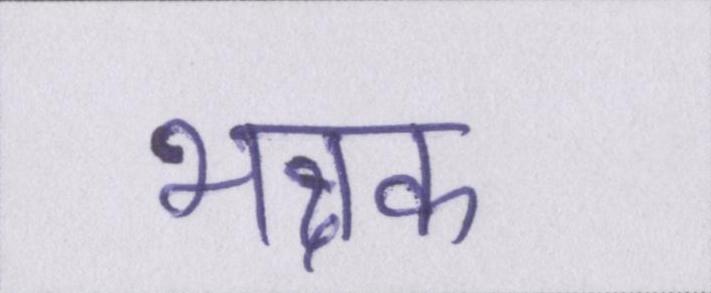
भक्षक